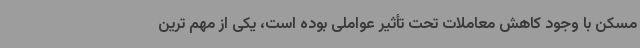
مسکن با وجود کاهش معاملات تحت تأثیر عواملی بوده است، یکی از مهم ترین